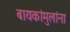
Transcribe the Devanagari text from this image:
बायकांमुलांना